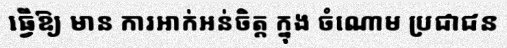
ធ្វើឱ្យ មាន ការអាក់អន់ចិត្ត ក្នុង ចំណោម ប្រជាជន